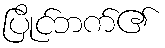
ပြိုင်ဘက်၏